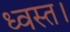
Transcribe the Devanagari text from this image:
ध्वस्त।